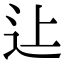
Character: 𨑗